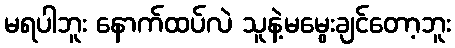
မရပါဘူး နောက်ထပ်လဲ သူနဲ့မမွေးချင်တော့ဘူး